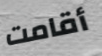
أقامت